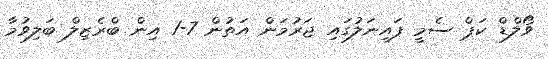
ވޯލްޑް ކަޕް ސެމީ ފައިނަލުގައި ޖަރުމަން އަތުން 7-1 އިން ބްރެޒިލް ބަލިވުމާ